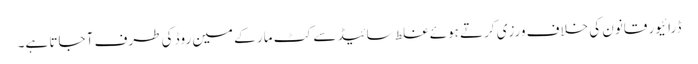
ڈرائیور قانون کی خلاف ورزی کرتے ہوئے غلط سائیڈ سے کٹ مار کے مین روڈ کی طرف آ جاتا ہے۔